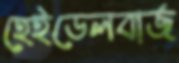
হেইডেলবার্জ